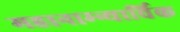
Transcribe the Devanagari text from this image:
महानाम्न्यार्चिक